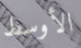
الأوسط